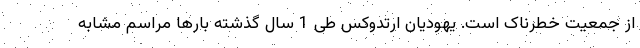
از جمعیت خطرناک است. یهودیان ارتدوکس طی 1 سال گذشته بارها مراسم مشابه